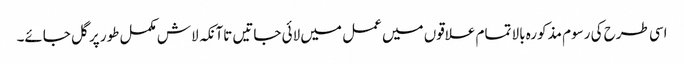
اسی طرح کی رسوم مذکورہ بالا تمام علاقوں میں عمل میں لائی جاتیں تاآنکہ لاش مکمل طور پر گل جائے۔